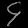
Digit: ၄